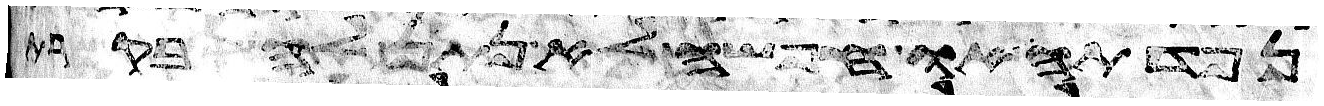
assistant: נפדתה או חפשי לא נתן לה